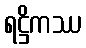
ရဋ္ဌိကဿ